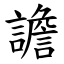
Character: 譫